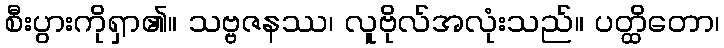
စီးပွားကိုရှာ၏။ သဗ္ဗဇနဿ၊ လူဗိုလ်အလုံးသည်။ ပတ္ထိတော၊